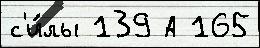
с'и́лы 139 А 165